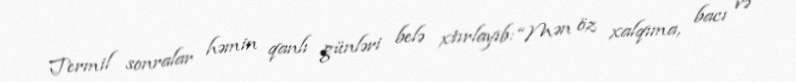
Termil sonralar həmin qanlı günləri belə xtırlayıb: “Mən öz xalqıma, bacı və